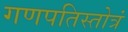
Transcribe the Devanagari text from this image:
गणपतिस्तोत्रं